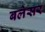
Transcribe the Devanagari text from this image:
बलेसर